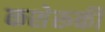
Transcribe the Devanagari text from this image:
कशेरूकी